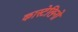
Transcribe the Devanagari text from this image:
कास्टेलिनो